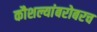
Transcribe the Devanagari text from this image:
कौशल्यांबरोबरच